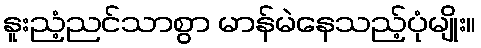
နူးညံ့ညင်သာစွာ မာန်မဲနေသည့်ပုံမျိုး။